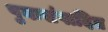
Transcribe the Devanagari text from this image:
पुनःसंपादित